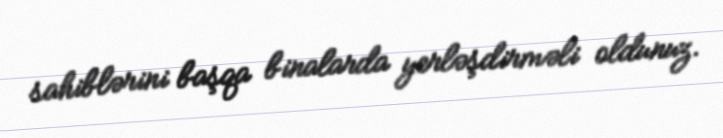
sahiblərini başqa binalarda yerləşdirməli oldunuz.